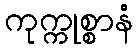
ကုက္ကုစ္စာနံ